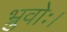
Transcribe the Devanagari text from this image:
भ्रुवोः।